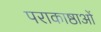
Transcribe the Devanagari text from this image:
पराकाष्ठाओं